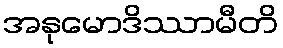
အနုမောဒိဿာမီတိ